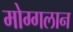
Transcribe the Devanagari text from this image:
मोग्गलान